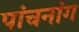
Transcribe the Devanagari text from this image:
पांचनांग